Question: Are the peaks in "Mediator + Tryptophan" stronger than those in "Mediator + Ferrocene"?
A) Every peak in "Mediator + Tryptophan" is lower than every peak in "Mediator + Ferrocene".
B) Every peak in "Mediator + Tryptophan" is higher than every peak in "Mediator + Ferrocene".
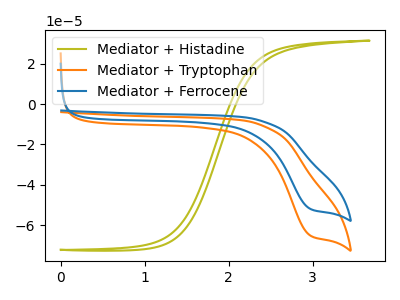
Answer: <think>The olive curve "Mediator + Histadine" has no peaks. The orange curve "Mediator + Tryptophan" has a cathodic peak at: (2.95V, -65.10uA). The blue curve "Mediator + Ferrocene" has a cathodic peak at: (2.95V, -51.90uA).</think>
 <answer>B) Every peak in "Mediator + Tryptophan" is higher than every peak in "Mediator + Ferrocene".</answer>
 <eval>B</eval>